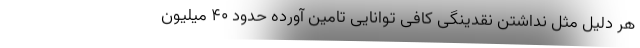
هر دلیل مثل نداشتن نقدینگی کافی توانایی تامین آورده حدود ۴۰ میلیون